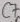
Text: C7